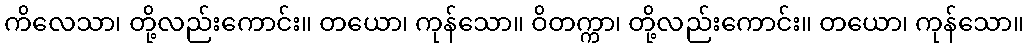
ကိလေသာ၊ တို့လည်းကောင်း။ တယော၊ ကုန်သော။ ဝိတက္ကာ၊ တို့လည်းကောင်း။ တယော၊ ကုန်သော။